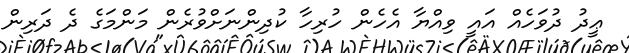
ޢީދު ދުވަހެއް އައީ ވިއްޔާ އެހެން ހުރިހާ ކުދިންނަށްވުރެން މަންމަގެ ދެ ދަރިން